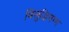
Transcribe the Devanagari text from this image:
बिसुद्धिमग्ग